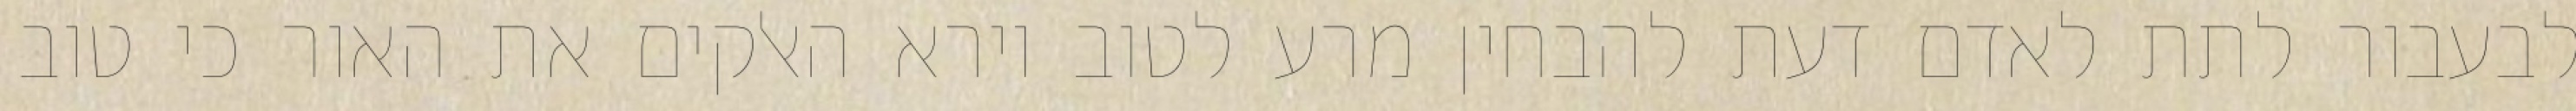
לבעבור לתת לאדם דעת להבחין מרע לטוב וירא האלקים את האור כי טוב